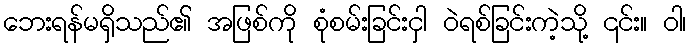
ဘေးရန်မရှိသည်၏ အဖြစ်ကို စုံစမ်းခြင်းငှါ ဝဲရစ်ခြင်းကဲ့သို့ ၎င်း။ ဝါ၊